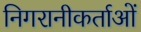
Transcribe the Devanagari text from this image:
निगरानीकर्ताओं